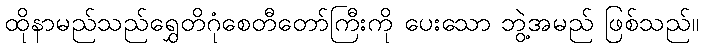
ထိုနာမည်သည်ရွှေတိဂုံစေတီတော်ကြီးကို ပေးသော ဘွဲ့အမည် ဖြစ်သည်။